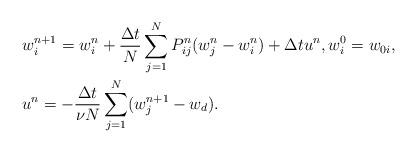
LaTeX: \begin{align*}& w^{n+1}_i=w^n_i+\frac{\Delta t}{N}\sum_{j=1}^{N}P^n_{ij}(w^n_j-w^n_i)+\Delta t u^n,w^0_i= w_{0i},\\& u^n = -\frac{\Delta t}{\nu N} \sum_{j=1}^N(w_j^{n+1}-w_d).\end{align*}